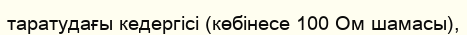
таратудағы кедергісі (көбінесе 100 Ом шамасы),